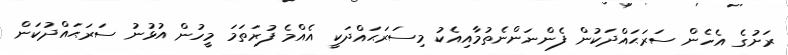
ރަށުގެ އެހެން ސަރަޙައްދަކުން ފެންނަންނެތުމާއިއެކު މިސަރަޙައްދަކީ އެއްމެ ފުރަތަމަ މީހުން އުޅުނު ސަރަޙައްދުކަން